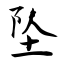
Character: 坠